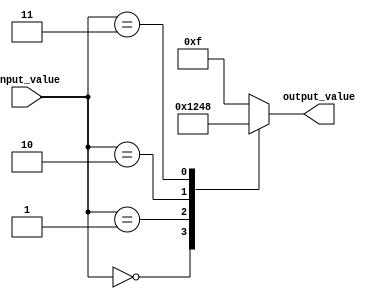
module generate_case_block (
    input [2:0] input_value,
    output reg [3:0] output_value
);

always @(*)
begin
    case (input_value)
        3'd0: output_value = 4'b0001;
        3'd1: output_value = 4'b0010;
        3'd2: output_value = 4'b0100;
        3'd3: output_value = 4'b1000;
        default: output_value = 4'b1111;
    endcase
end

endmodule